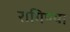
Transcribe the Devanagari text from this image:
रागिण्या